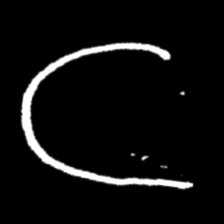
Pyu character \u2014 Myanmar letter: ဋ (romanized: tta)